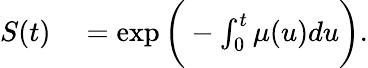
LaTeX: \begin{array}{rl}{S(t)}&{{}=\exp{\bigg(-\int_{0}^{t}\mu(u)du\bigg)}.}\end{array}